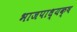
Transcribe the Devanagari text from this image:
भाजपाध्यक्ष